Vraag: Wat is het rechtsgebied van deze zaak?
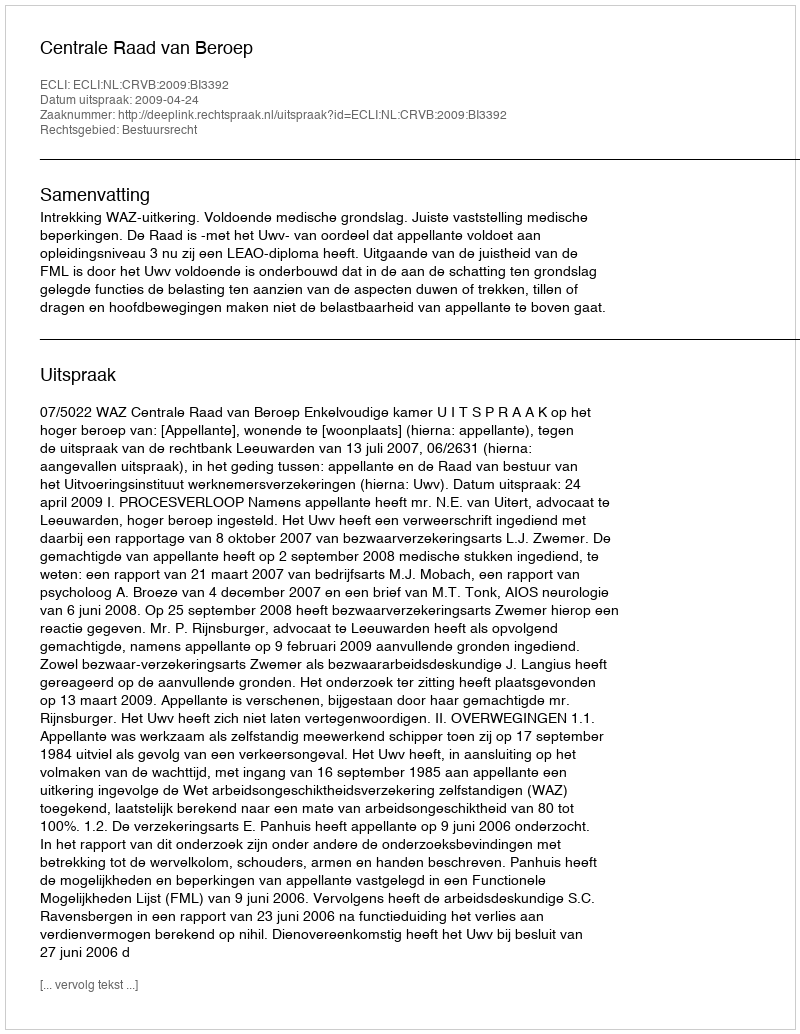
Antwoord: Bestuursrecht